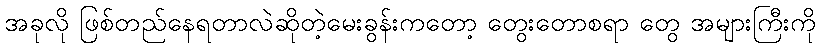
အခုလို ဖြစ်တည်နေရတာလဲဆိုတဲ့မေးခွန်းကတော့ တွေးတောစရာ တွေ အများကြီးကို